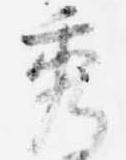
秀